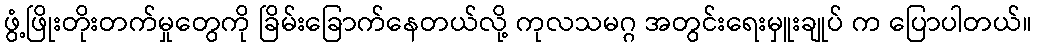
ဖွံ့ဖြိုးတိုးတက်မှုတွေကို ခြိမ်းခြောက်နေတယ်လို့ ကုလသမဂ္ဂ အတွင်းရေးမှူးချုပ် က ပြောပါတယ်။